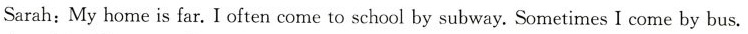
Sarah:My home is far. I often come to school by subway. Sometimes I come by bus.